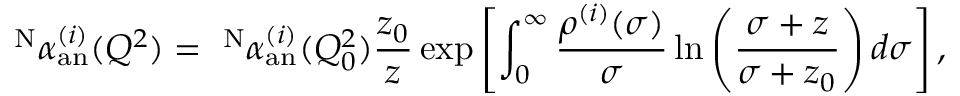
^ { \mathrm { N } } \alpha _ { \mathrm { a n } } ^ { ( i ) } ( Q ^ { 2 } ) = ~ ^ { \mathrm { N } } \alpha _ { \mathrm { a n } } ^ { ( i ) } ( Q _ { 0 } ^ { 2 } ) \frac { z _ { 0 } } { z } \exp \left[ \int _ { 0 } ^ { \infty } \frac { \rho ^ { ( i ) } ( \sigma ) } { \sigma } \ln \left( \frac { \sigma + z } { \sigma + z _ { 0 } } \right) d \sigma \right] ,